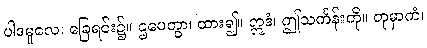
ပါဒမူလေ၊ ခြေရင်း၌။ ဌပေတွာ၊ ထား၍။ ဣဒံ၊ ဤသင်္ကန်းကို။ တုမှာကံ၊